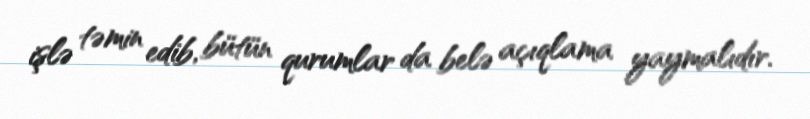
işlə təmin edib, bütün qurumlar da belə açıqlama yaymalıdır.